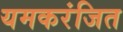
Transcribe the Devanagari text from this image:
यमकरंजित